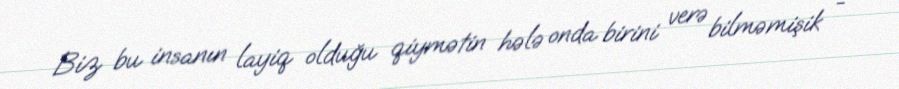
Biz bu insanın layiq olduğu qiymətin hələ onda birini verə bilməmişik -